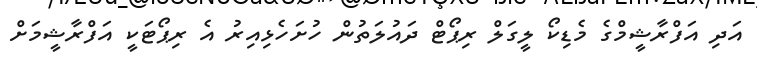
އަދި އަފްރާޝީމްގެ މެޑިކޯ ލީގަލް ރިޕޯޓް ދައުލަތުން ހުށަހެޅިއިރު އެ ރިޕޯޓަކީ އަފްރާޝީމަށް